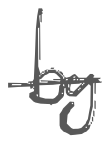
Text: by
Cross-out: single-line
Writing tool: digital_gray